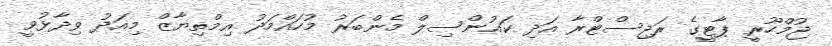
ޖުމްހޫރީ ޕާޓީގެ ރަޖިސްޓްރާ އަދި ކައުންސިލް މެންބަރު މުހައްމަދު އިމްތިޔާޒް މިއަދު ވިދާޅުވީ